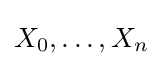
X_{0},\ldots ,X_{n}